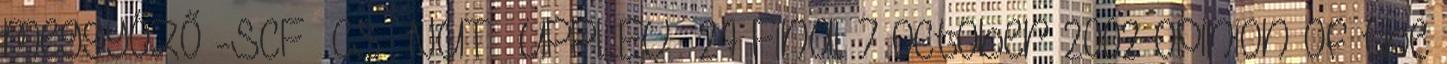
meggyőző -SCF CS NUT UPPLEV 24 Final 7 October 2002 Opinion of the